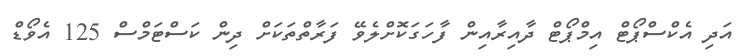
އަދި އެކްސްޕޯޓް އިމްޕޯޓް ދާއިރާއިން ފާހަގަކޮށްލެވޭ ފަރާތްތަކަށް ދިން ކަސްޓަމްސް 125 އެވޯޑް